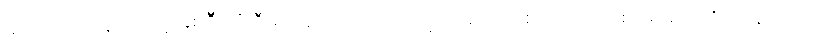
မအပ်သော နည်းဖြင့် နှစ်ဦးသုံးဦးစသည် ဖိတ်ထားလျှင်လည်း အစဉ်အတိုင်း စားရမည်။ ဂိလာနသမယ